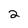
Character: 2